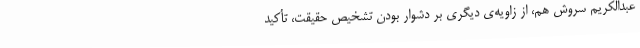
عبدالکریم سروش هم، از زاویه‌ی دیگری بر دشوار بودن تشخیص حقیقت، تأکید